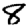
Digit: 8